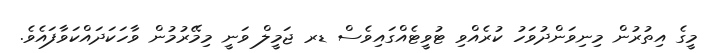
މީގެ އިތުރުން މިނިވަންދުވަހު ކުރެއްވި ޓުވީޓެއްގައިވެސް ޑރ ޖަމީލް ވަނީ މިމޭރުމުން ވާހަކަދައްކަވާފައެވެ.